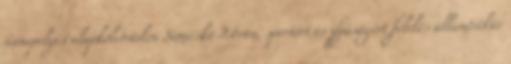
ünnepélyes alapkőletételen Simicskó István, sportért és ifjúságért felelős államtitkár